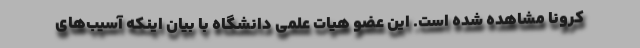
کرونا مشاهده شده است. این عضو هیات علمی دانشگاه با بیان اینکه آسیب‌های